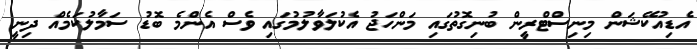
އެޑިއުކޭޝަން މިނިސްޓްރީން ބުނިގޮތުގައި މަންހަޖު އެކުލަވާލުމުގައި ވެސް އެންމެ ބޮޑު ސަމާލުކަމެއް ދިނީ